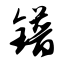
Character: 镨